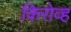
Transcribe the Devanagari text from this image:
किरोव्ह